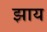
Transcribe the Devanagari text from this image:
झाय